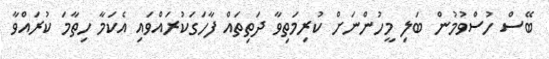
ބޭސް ހުސްވުމުން ބަލި މީހުންނަށް ކުރިމަތިވާ ދަތިތައް ފާހަގަކުރައްވައި އެކަމާ ހިތާމަ ކުރައްވާ